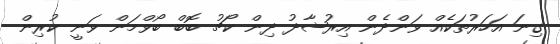
ގިނަ އަހަރުތަކެއް ވަންދެން އިރުޝާދު ދިން ކޯޗު ބޮބް ބޯވްމަން ވަނީ ކުރިން